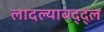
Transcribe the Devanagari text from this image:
लादल्याबद्द्ल